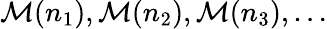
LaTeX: {\cal M}(n_{1}),{\cal M}(n_{2}),{\cal M}(n_{3}),\ldots